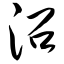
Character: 沼